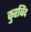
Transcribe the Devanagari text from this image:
कुरबिंद